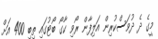
މީގެ ދެ ދުވަސްކުރިން އަލިފާން ރޯވި ކާގޯ ބޯޓުގައި ތިބި 400 އަށް